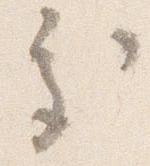
処